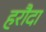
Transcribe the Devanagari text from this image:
हरौदा